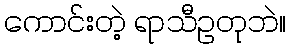
ကောင်းတဲ့ ရာသီဥတုဘဲ။